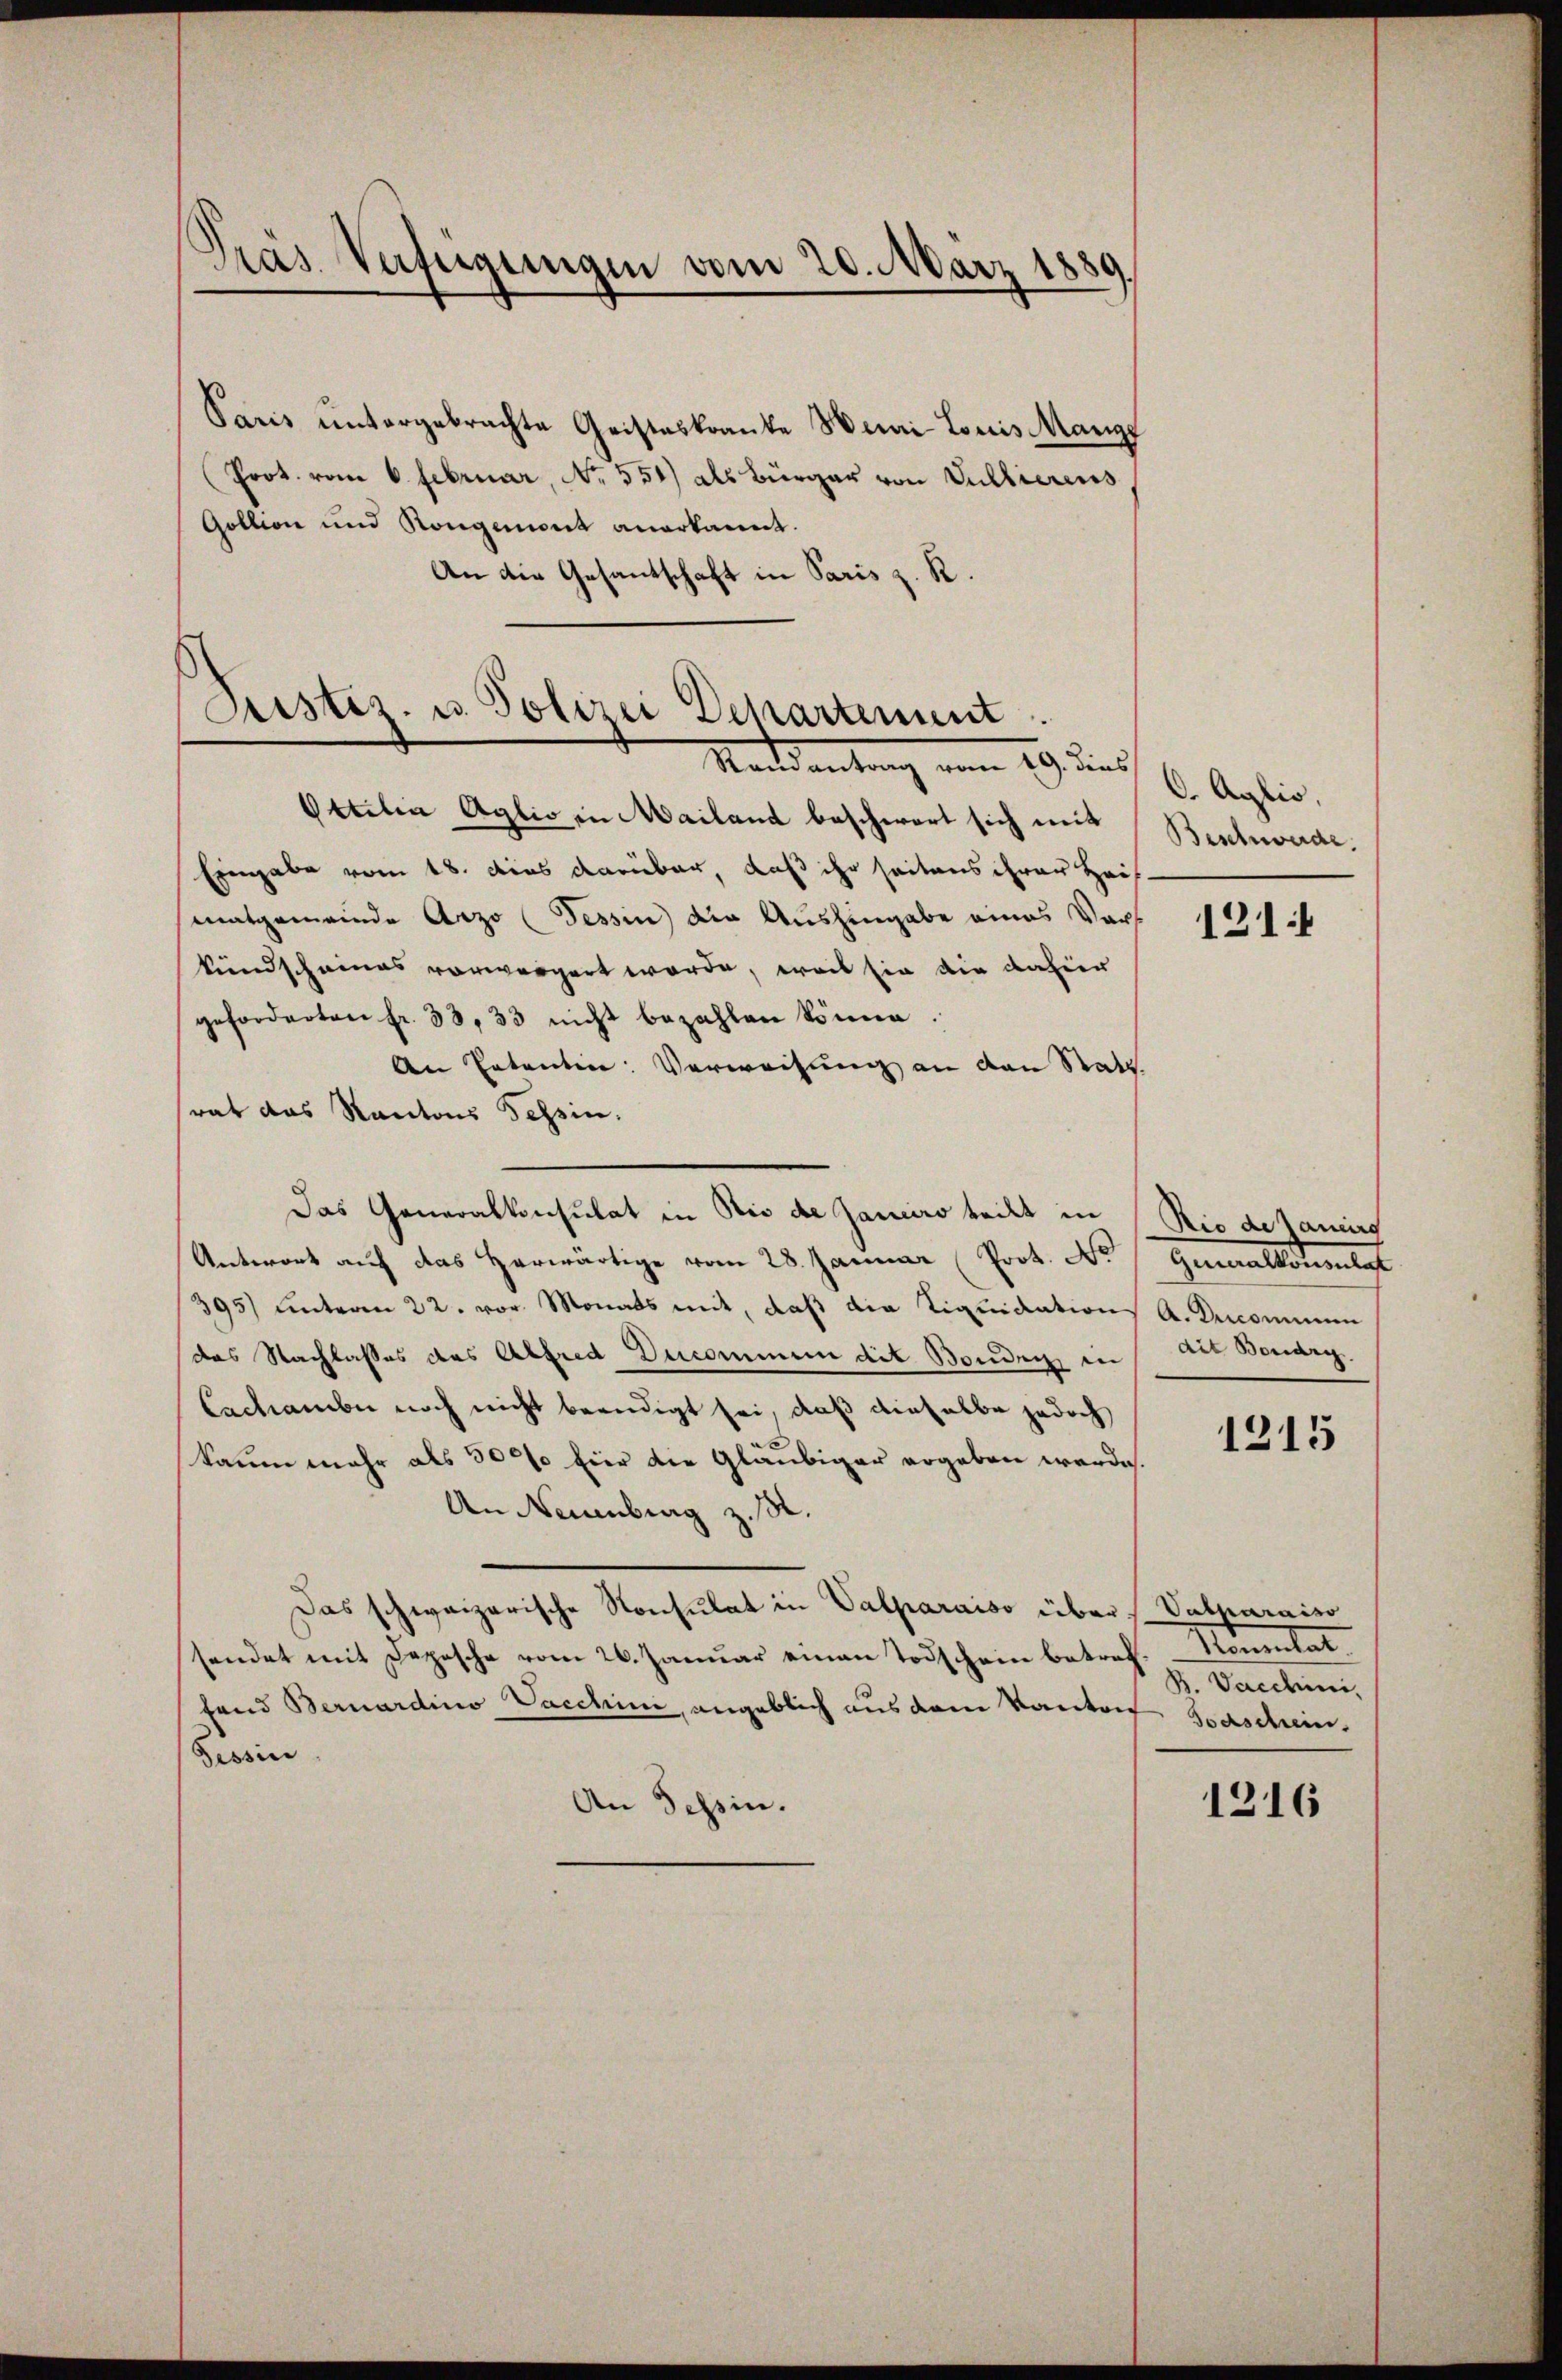
Präs. Verfügungen vom 20. März 1889

Paris untergebrachte Geisteskranke Hemi Louis Mange
Prot. vom 6. Februar, No. 551) als Bürger von Vullierens
Goltion und Rongement anerkannt.
An die Gesantschaft in Paris z. R.

Justiz- u. Polizei Departement.
Mandantung vom 19. des 6. Aplis,

Ottilia Aglio in Mailand beschwert sich mit
Eingabe vom 18. dies darüber, daß ihr seitens ihrer Hausmatgemeinde Arzo (Tessin die Aushingabe eines Vors
kundscheines vorwürgert werde, weis sie die dahier
geforderten fr. 33, 33 nicht bezahlen könne.
An Ententen: Verweisung an den Statt
rat das Kantons Tessin.
Das Generalkonsulat in die de Janeiro teilt in
Antwort auf das herwärtige vom 28. Januar (Prot. N
395) unterm 22. vor. Monats mit, daß die Liquidations A. Kommun
das Nachlasses des Alfred Decommen die Bonden, in
Cachamber noch nicht beendigt sei, daß dieselbe jedoch
kaum mehr als 3000 Eier die Gläubiger ergeben werde.
An Neuenburg z. R.
Das schweizerische Konsulat in Valparaiso über s. Palparaiso
sendet mit Depesche vom 26. Januar einen Todschein betreff. Konsulat
fand Bernardino Vacchini, angeblich aus dem Kantref Baschein,
Tessin
An Tessin.

Beschwerde.

121:

Rio de saniers
Hemattstell
dit Borden.

1215

B. Vaccini,

1216